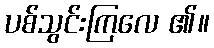
ပစ်သွင်းကြလေ ၏။